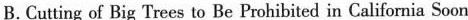
B.Cutting of Big Trees to Be Prohibited in California Soon